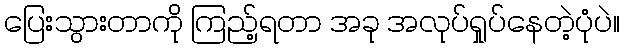
ပြေးသွားတာကို ကြည့်ရတာ အခု အလုပ်ရှုပ်နေတဲ့ပုံပဲ။